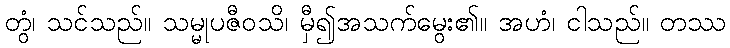
တွံ၊ သင်သည်။ သမ္မုပဇီဝသိ၊ မှီ၍အသက်မွေး၏။ အဟံ၊ ငါသည်။ တဿ